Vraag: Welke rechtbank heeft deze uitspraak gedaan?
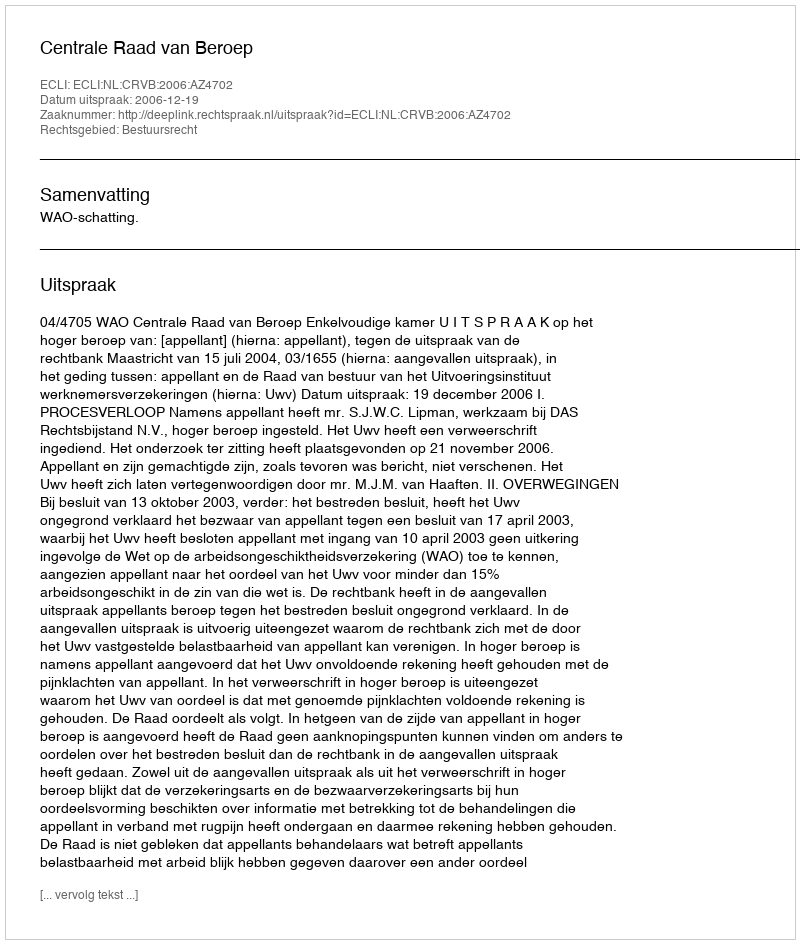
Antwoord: Centrale Raad van Beroep